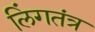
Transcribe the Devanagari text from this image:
लिंगतंत्र